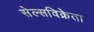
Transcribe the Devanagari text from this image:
सेल्सविक्रेता